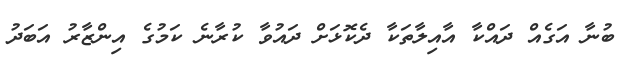
ބުނާ އަގެއް ދައްކާ އާއިލާތަކާ ދެކޮޅަށް ދައުވާ ކުރާނެ ކަމުގެ އިންޒާރު އަބަދު